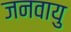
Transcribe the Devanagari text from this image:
जनवायु